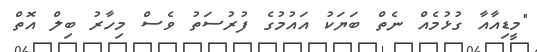
"މީޑިއާއާ ގުޅުމެއް ނެތް ބަޔަކު އައުމުގެ ފުރުސަތު ވެސް މިހާރު ބިލް އޮތް